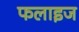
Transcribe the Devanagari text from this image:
फलाइज